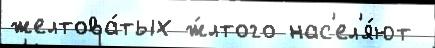
желтова́тых ж́лтого нас'ел'я́ют